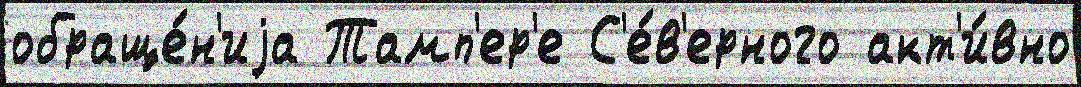
обраще́н'иjа Тамп'ер'е С'е́в'ерного акт'и́вно